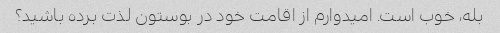
بله، خوب است. امیدوارم از اقامت خود در بوستون لذت برده باشید؟